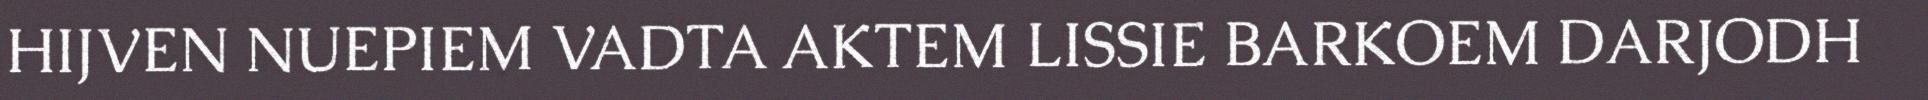
HIJVEN NUEPIEM VADTA AKTEM LISSIE BARKOEM DARJODH